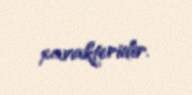
xarakteridir.